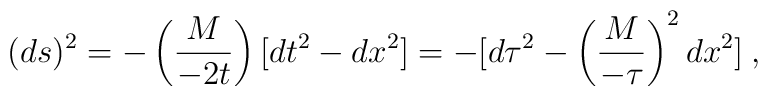
(ds)^2 = - \left( M \over -2 t \right) [dt^2 - dx^2]        = - [d \tau^2 - \left({M \over - \tau}\right)^2 dx^2] \>,